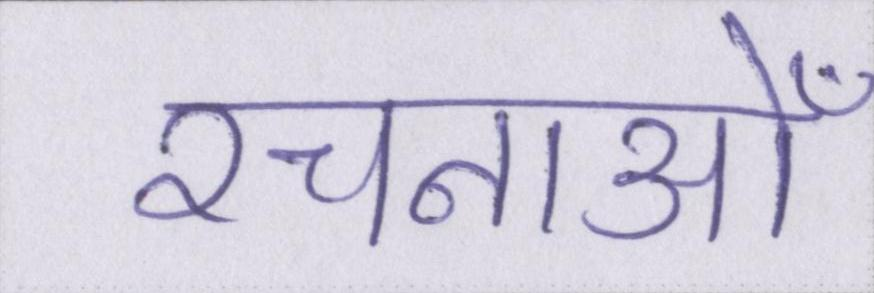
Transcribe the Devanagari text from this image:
रचनाओँ